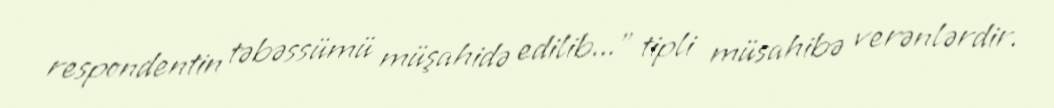
respondentin təbəssümü müşahidə edilib...” tipli müsahibə verənlərdir.